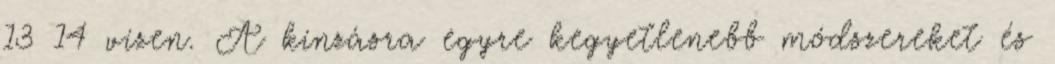
13 14 vízen. A kínzásra egyre kegyetlenebb módszereket és